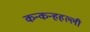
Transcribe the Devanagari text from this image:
कन्कन्हहल्ली